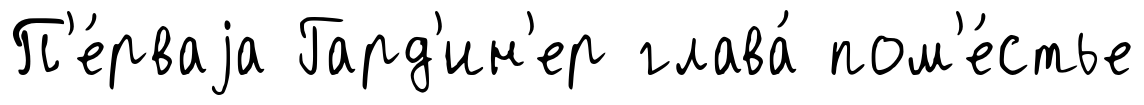
П'е́рваjа Гард'ин'ер глава́ пом'е́стье